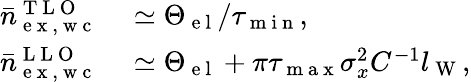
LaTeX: \begin{array}{rl}{\bar{n}_{\mathrm{~e~x~,~w~c~}}^{\mathrm{~T~L~O~}}}&{{}\simeq\Theta_{\mathrm{~e~l~}}/\tau_{\mathrm{~m~i~n~}},}\\ {\bar{n}_{\mathrm{~e~x~,~w~c~}}^{\mathrm{~L~L~O~}}}&{{}\simeq\Theta_{\mathrm{~e~l~}}+\pi\tau_{\mathrm{~m~a~x~}}\sigma_{x}^{2}C^{-1}l_{\mathrm{~W~}},}\end{array}